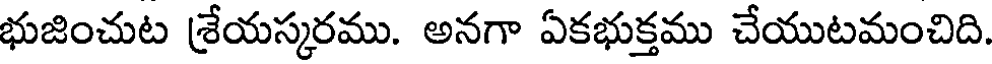
భుజించుట శ్రేయస్కరము. అనగా ఏకభుక్తము చేయుటమంచిది.